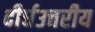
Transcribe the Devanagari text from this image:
दीर्घउत्तरीय